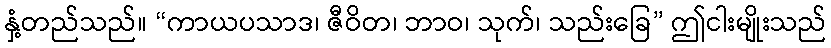
နှံ့တည်သည်။ “ကာယပသာဒ၊ ဇီဝိတ၊ ဘာဝ၊ သုက်၊ သည်းခြေ” ဤငါးမျိုးသည်